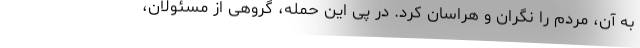
به آن، مردم را نگران و هراسان کرد. در پی این حمله، گروهی از مسئولان،